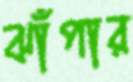
ঝাঁপার